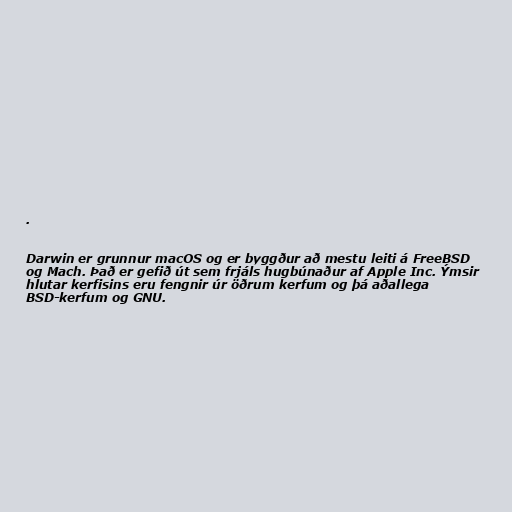
.

Darwin er grunnur macOS og er byggður að mestu leiti á FreeBSD
og Mach. Það er gefið út sem frjáls hugbúnaður af Apple Inc. Ýmsir
hlutar kerfisins eru fengnir úr öðrum kerfum og þá aðallega
BSD-kerfum og GNU.